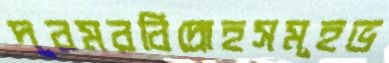
দূরমরবিদ্রোহসমূহভ